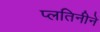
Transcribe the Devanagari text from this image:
प्लतिनीने